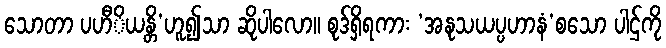
သောတာ ပဟီိယန္တိ’ဟူ၍သာ ဆိုပါလော။ စုဒ်ရှိရကား ‘အနုသယပ္ပဟာနံ’စသော ပါဌ်ကို